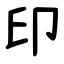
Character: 印